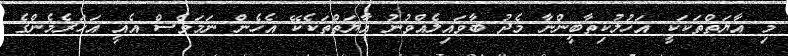
މި އާޔަތްތަކަކީ އަހުލުކިތާބީންނާ މެދު ބާވައިލެއްވުނު އާޔަތްތަކެކޭ އެހެން ނަމަވެސް އެއީ އަހަރެމެންގެ